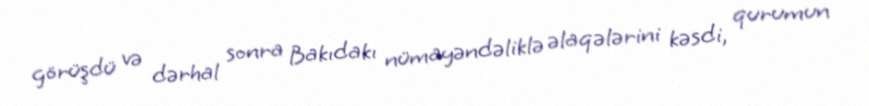
görüşdü və dərhal sonra Bakıdakı nümayəndəliklə əlaqələrini kəsdi, qurumun